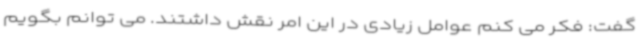
گفت: فکر می کنم عوامل زیادی در این امر نقش داشتند. می توانم بگویم